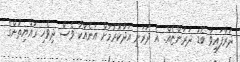
ދަރާފައިވާ ބޮޑު ދަރަންޏެއް. އެ ދަރަނި އަދާކުރުމަށް އަނެއްކާ ވެސް ދިވެހި ރައްޔިތުންގެ